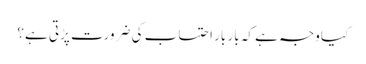
کیا وجہ ہے کہ بار بار احتساب کی ضرورت پڑتی ہے؟